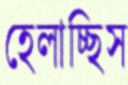
হেলাচ্ছিস